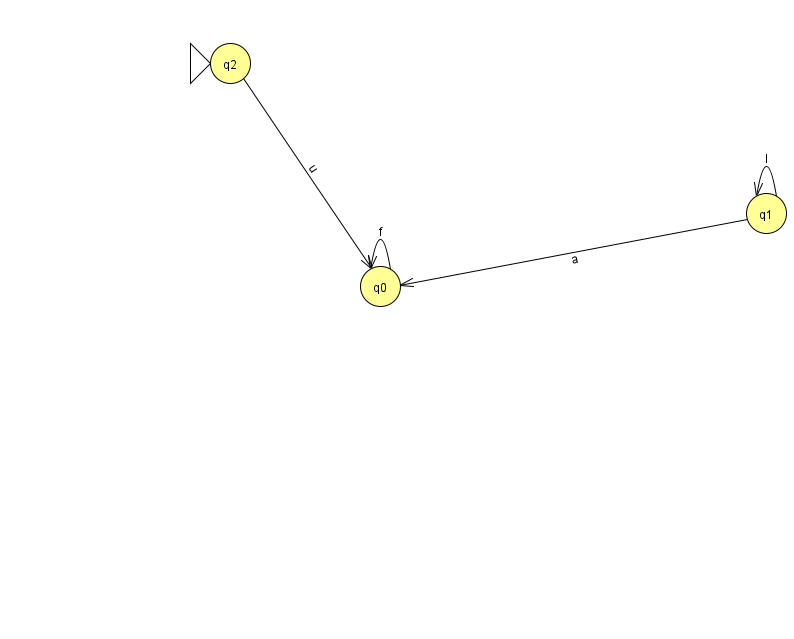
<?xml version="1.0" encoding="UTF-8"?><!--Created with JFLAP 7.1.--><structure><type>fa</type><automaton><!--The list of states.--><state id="0" name="q0"><x>380.0</x><y>273.0</y></state><state id="1" name="q1"><x>766.0</x><y>200.0</y></state><state id="2" name="q2"><x>230.0</x><y>50.0</y><initial/></state><!--The list of transitions.--><transition><from>2</from><to>0</to><read>u</read></transition><transition><from>0</from><to>0</to><read>f</read></transition><transition><from>1</from><to>1</to><read>I</read></transition><transition><from>1</from><to>0</to><read>a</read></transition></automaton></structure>